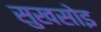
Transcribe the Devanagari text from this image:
सुखसोइ